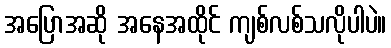
အပြောအဆို အနေအထိုင် ကျစ်လစ်သလိုပါပဲ။